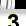
Digit: 3